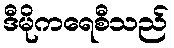
ဒီမိုကရေစီသည်